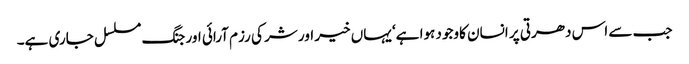
جب سے اس دھرتی پر انسان کاوجود ہوا ہے‘ یہاں خیر اور شر کی رزم آرائی اور جنگ مسلسل جاری ہے۔